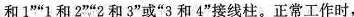
和1””1和2””2和3”或”3和4”接线柱。正常工作时，